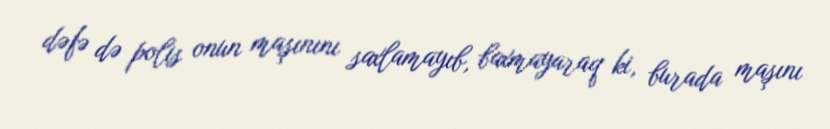
dəfə də polis onun maşınını saxlamayıb, baxmayaraq ki, burada maşını